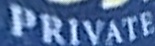
PRIVATE